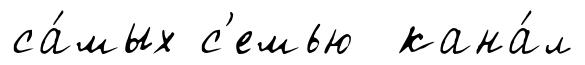
са́мых с'емью кана́л